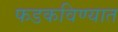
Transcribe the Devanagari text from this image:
फडकविण्यात